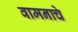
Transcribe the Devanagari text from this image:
वामनाचे